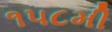
૧૫૮મી